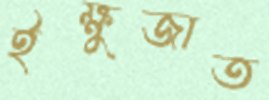
ইক্ষুজাত